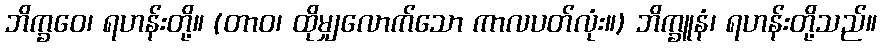
ဘိက္ခဝေ၊ ရဟန်းတို့။ (တာဝ၊ ထိုမျှလောက်သော ကာလပတ်လုံး။) ဘိက္ခူနံ၊ ရဟန်းတို့သည်။